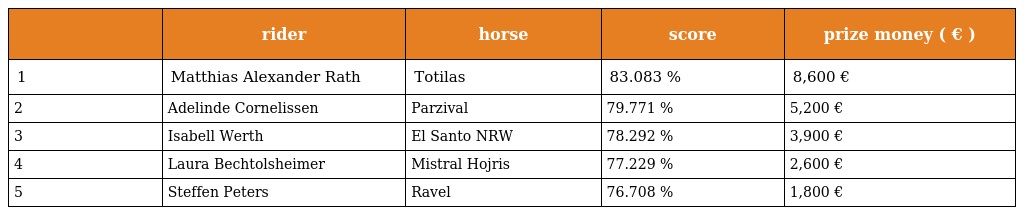
|  | rider | horse | score | prize money ( € ) |
 | --- | --- | --- | --- | --- |
 | 1 | Matthias Alexander Rath | Totilas | 83.083 % | 8,600 € |
 | 2 | Adelinde Cornelissen | Parzival | 79.771 % | 5,200 € |
 | 3 | Isabell Werth | El Santo NRW | 78.292 % | 3,900 € |
 | 4 | Laura Bechtolsheimer | Mistral Hojris | 77.229 % | 2,600 € |
 | 5 | Steffen Peters | Ravel | 76.708 % | 1,800 € |